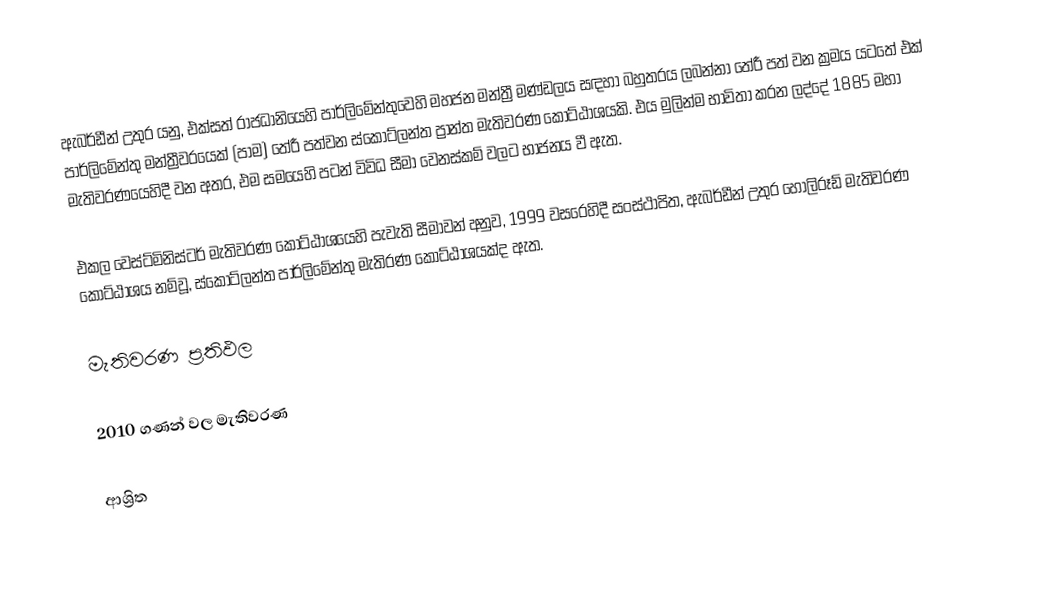
ඇබර්ඩීන් උතුර යනු,  එක්සත් රාජධානියෙහි පාර්ලිමේන්තුවෙහි මහජන මන්ත්‍රී මණ්ඩලය සඳහා බහුතරය ලබන්නා තේරී පත් වන ක්‍රමය යටතේ  එක්  පාර්ලිමේන්තු මන්ත්‍රීවරයෙක් (පාම) තේරී පත්වන  ස්කොට්ලන්ත ප්‍රාන්ත මැතිවරණ කොට්ඨාශයකි. එය මුලින්ම භාවිතා කරන ලද්දේ  1885 මහා මැතිවරණයෙහිදී වන අතර, එම සමයෙහි පටන් විවිධ සීමා වෙනස්කම් වලට භාජනය වී ඇත.

එකල වෙස්ට්මිනිස්ටර් මැතිවරණ කොට්ඨාශයෙහි පැවැති සීමාවන් අනුව, 1999 වසරෙහිදී සංස්ථාපිත, ඇබර්ඩීන් උතුර හෝලිරූඩ් මැතිවරණ කොට්ඨාශය නම්වූ, ස්කොට්ලන්ත පාර්ලිමේන්තු මැතිරණ කොට්ඨාශයක්ද ඇත.

මැතිවරණ ප්‍රතිඵල

2010 ගණන් වල මැතිවරණ

ආශ්‍රිත